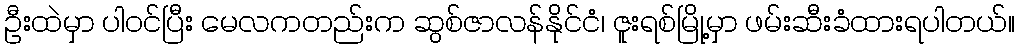
ဦးထဲမှာ ပါဝင်ပြီး မေလကတည်းက ဆွစ်ဇာလန်နိုင်ငံ၊ ဇူးရစ်မြို့မှာ ဖမ်းဆီးခံထားရပါတယ်။